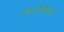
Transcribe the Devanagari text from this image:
रिप्लेशेबल